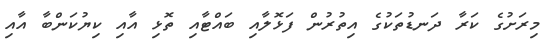
މިރަށުގެ ކަރާ ދަނޑުތަކުގެ އިތުރުން ފަޅޮލާއި ބައްޓާއި ތޮޅި އާއި ކިޔުކަންބާ އާއި